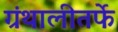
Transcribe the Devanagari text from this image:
ग्रंथालीतर्फे